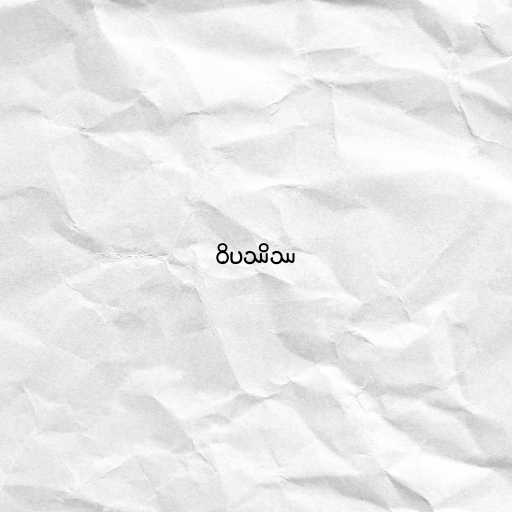
ဝိပဿိဿ